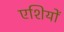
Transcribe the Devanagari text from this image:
एशियों